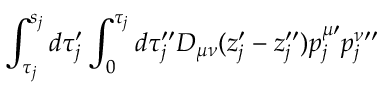
\int _ { \tau _ { j } } ^ { s _ { j } } d \tau _ { j } ^ { \prime } \int _ { 0 } ^ { \tau _ { j } } d \tau _ { j } ^ { \prime \prime } D _ { \mu \nu } ( z _ { j } ^ { \prime } - z _ { j } ^ { \prime \prime } ) p _ { j } ^ { \mu \prime } p _ { j } ^ { \nu \prime \prime }